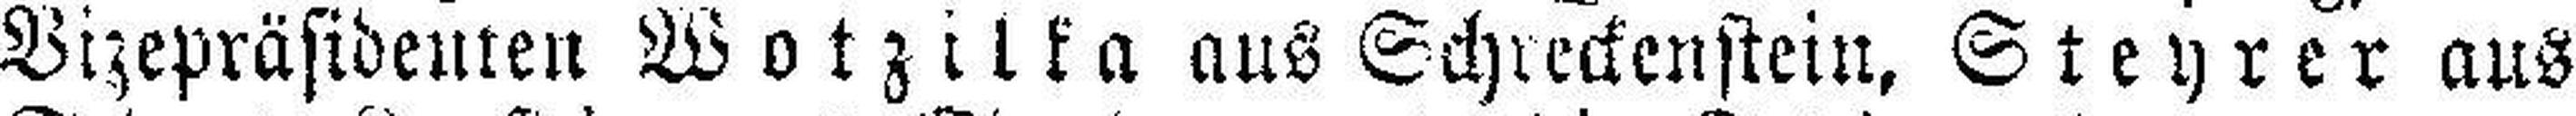
Vizepräsidenten Wotzilka aus Schreckenstein, Steyrer aus